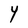
Character: Y